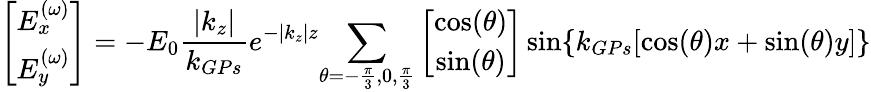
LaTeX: \left[\begin{array}{cc}{E_{x}^{(\omega)}}\\ {E_{y}^{(\omega)}}\end{array}\right]=-E_{0}\frac{\left|{k_{z}}\right|}{k_{GPs}}e^{-\left|{k_{z}}\right|z}{\sum_{\theta=-\frac{\pi}{3},0,\frac{\pi}{3}}}\left[\begin{array}{cc}{\cos(\theta)}\\ {\sin(\theta)}\end{array}\right]\sin\{ k_{GPs}[\cos(\theta)x+\sin(\theta)y]\}